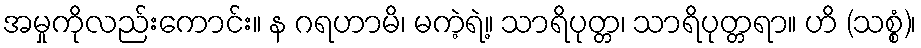
အမှုကိုလည်းကောင်း။ န ဂရဟာမိ၊ မကဲ့ရဲ့။ သာရိပုတ္တ၊ သာရိပုတ္တရာ။ ဟိ (သစ္စံ)၊